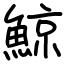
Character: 鯨